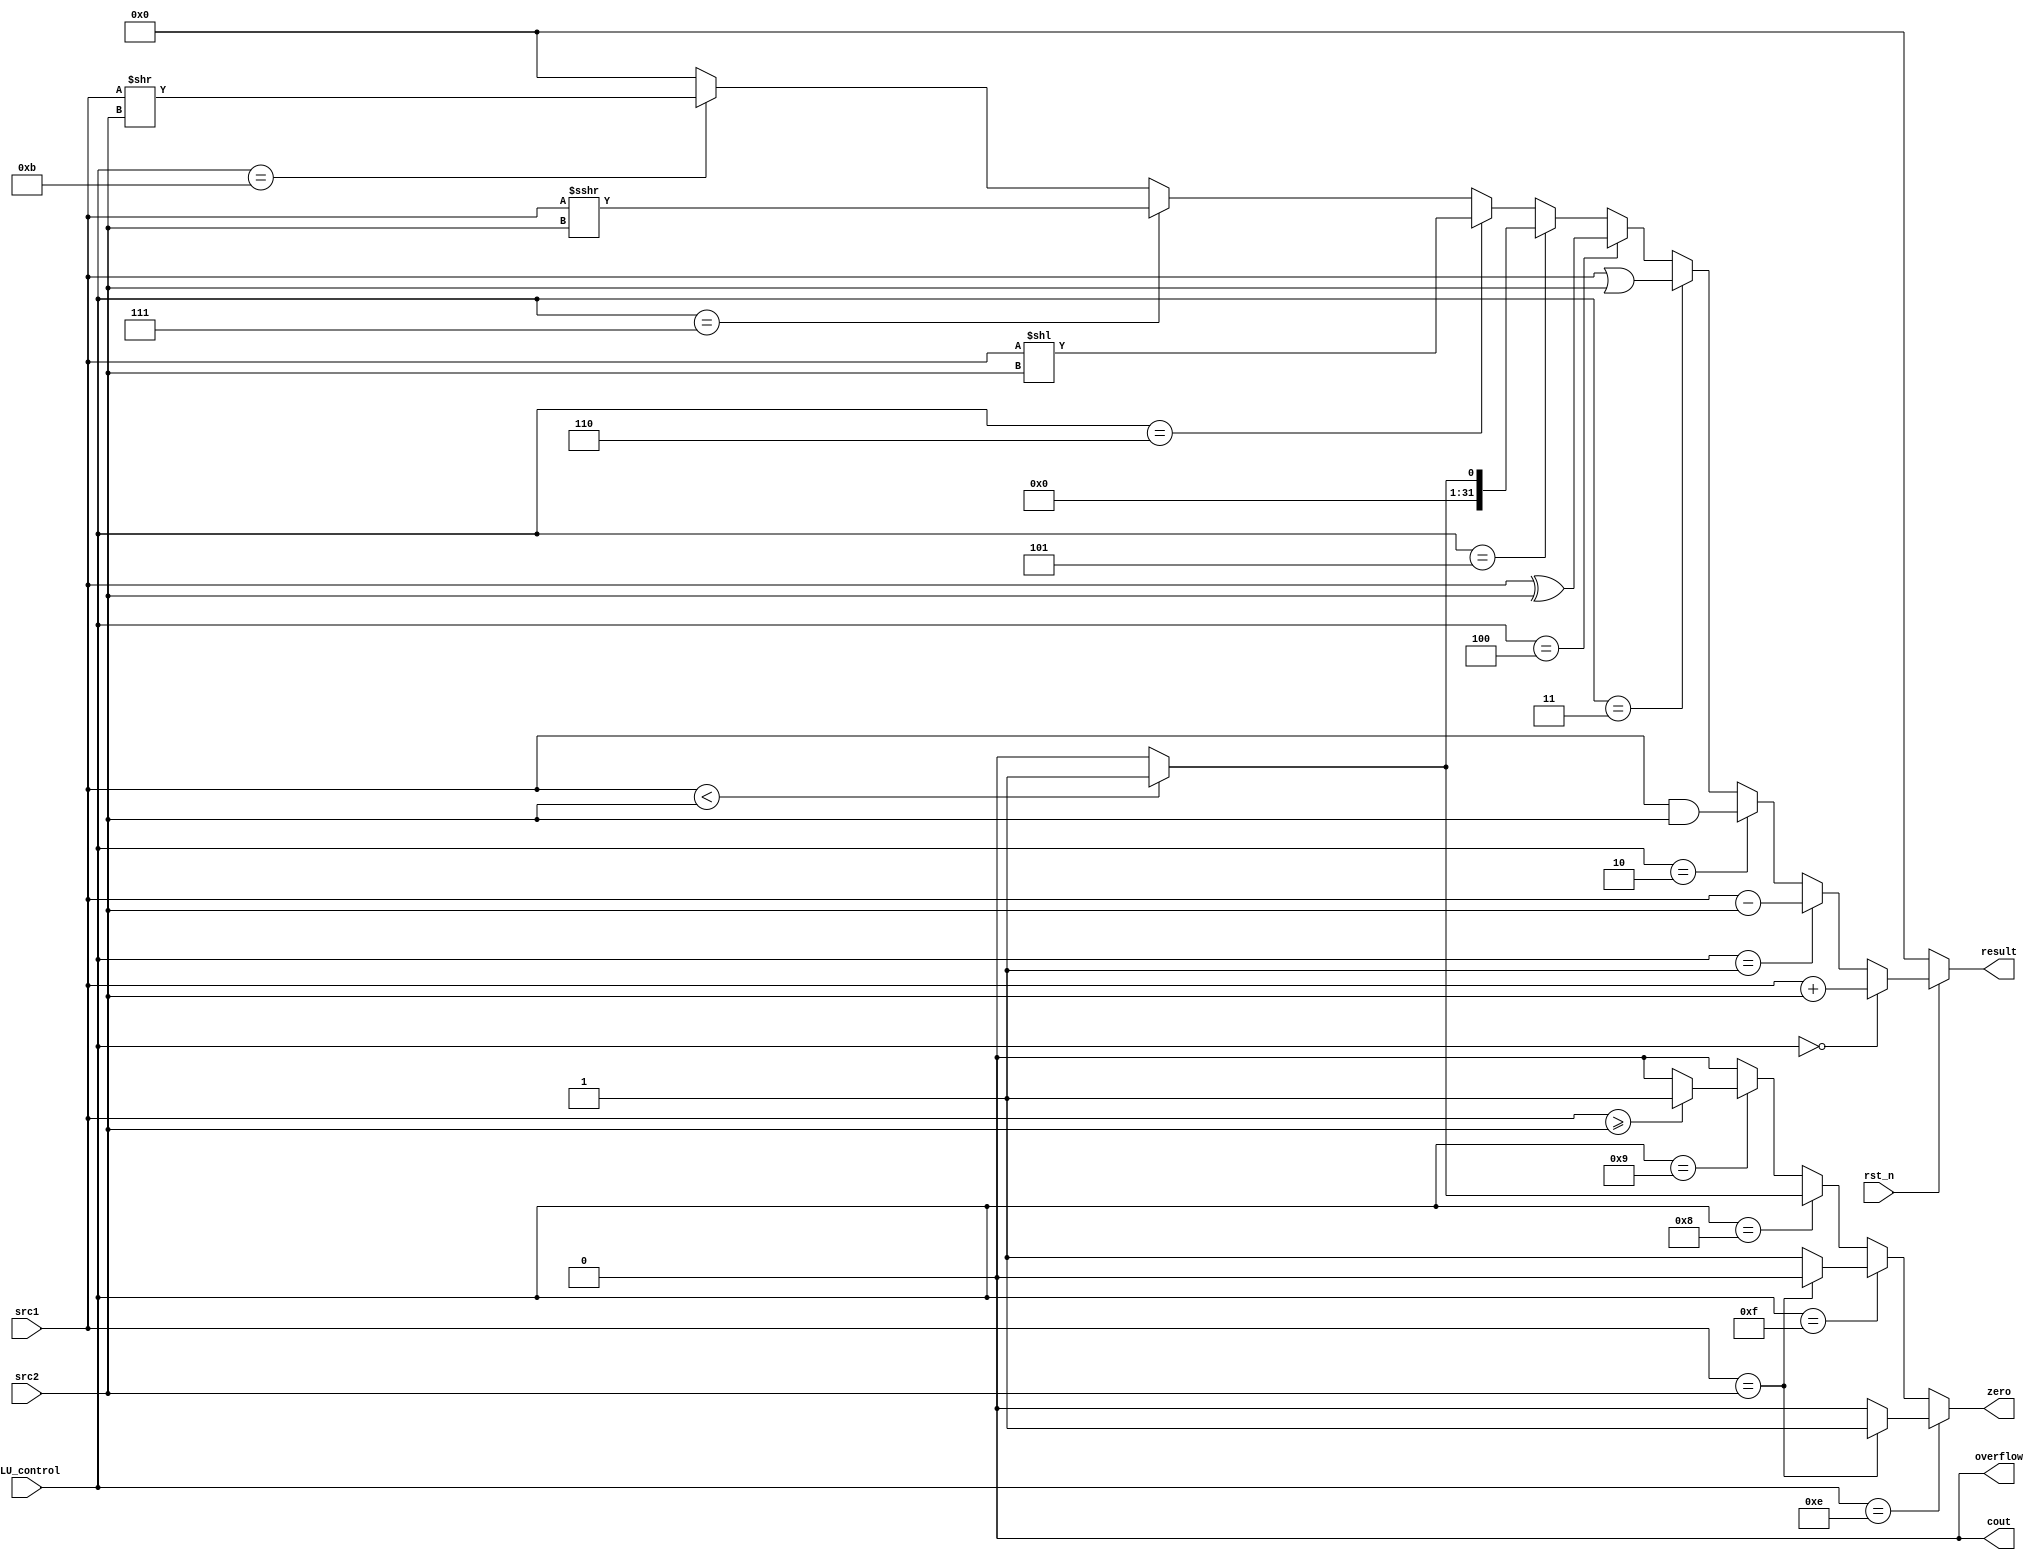
/***************************************************
Student Name:
Student ID:
***************************************************/
`timescale 1ns/1ps

module alu(
	input	       rst_n,         // Reset                     (input)
	input	[31:0] src1,          // 32 bits source 1          (input)
	input	[31:0] src2,          // 32 bits source 2          (input)
	input 	[ 3:0] ALU_control,   // 4 bits ALU control input  (input)
	output  [31:0] result,        // 32 bits result            (output)
	output         zero,          // 1 bit when the output is 0, zero must be set (output)
	output         cout,          // 1 bit carry out           (output)
	output         overflow       // 1 bit overflow            (output)
	);

/* Write your code HERE */

assign result=(rst_n==0)?0:
				  (ALU_control==4'b0000)?src1+src2:
				  (ALU_control==4'b0001)?src1-src2:
				  (ALU_control==4'b0010)?src1&src2:
				  (ALU_control==4'b0011)?src1|src2:
				  (ALU_control==4'b0100)?src1^src2:
				  (ALU_control==4'b0101)?((src1<src2)?1:0):
				  (ALU_control==4'b0110)?src1<<src2:
				  (ALU_control==4'b0111)?src1>>>src2:
				  (ALU_control==4'b1011)?src1>>src2:
			     0;

assign zero=(ALU_control==4'b1110)?((src1==src2)?1:0):
				(ALU_control==4'b1111)?((src1==src2)?0:1):
				(ALU_control==4'b1000)?((src1<src2)?1:0):
				(ALU_control==4'b1001)?((src1>=src2)?1:0):
				0;
				
assign cout=0;
assign overflow=0;


endmodule